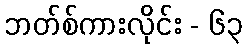
ဘတ်စ်ကားလိုင်း - ၆၃